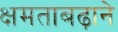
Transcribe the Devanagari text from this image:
क्षमताबढ़ाने